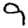
Digit: 9